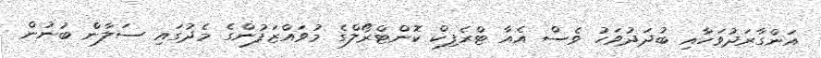
އަންގާރަދުވަހާއި ބުދަދުވަހު ވެސް އެއާ ޓްރެފިކް ކޮންޓްރޯލްގެ މުވައްޒަފުންގެ މެދުގައި ސަލާން ބުނުން